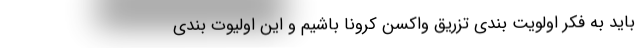
باید به فکر اولویت بندی تزریق واکسن کرونا باشیم و این اولیوت بندی